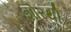
શોરથી